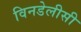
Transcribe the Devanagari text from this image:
विनडेलीसी